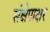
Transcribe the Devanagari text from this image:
संक्षेपाक्षर